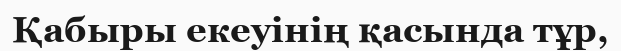
Қабыры екеуінің қасында тұр,